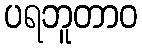
ပရဘူတာဝ